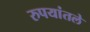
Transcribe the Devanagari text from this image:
रुपयांतले